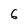
Character: 6